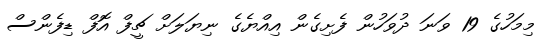
މިމަހުގެ 19 ވަނަ ދުވަހުން ފެށިގެން އިއްޔެގެ ނިޔަލަށް ޗީފް އޮފް ޑިފެންސް